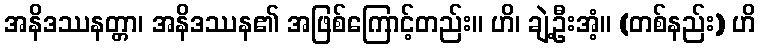
အနိဒဿနတ္တာ၊ အနိဒဿန၏ အဖြစ်ကြောင့်တည်း။ ဟိ၊ ချဲ့ဦးအံ့။ (တစ်နည်း) ဟိ